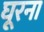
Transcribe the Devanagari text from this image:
घूरना